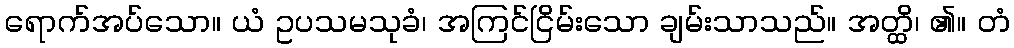
ရောက်အပ်သော။ ယံ ဥပသမသုခံ၊ အကြင်ငြိမ်းသော ချမ်းသာသည်။ အတ္ထိ၊ ၏။ တံ